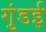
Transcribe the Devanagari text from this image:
गुंडई